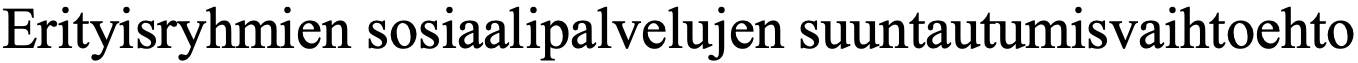
Erityisryhmien sosiaalipalvelujen suuntautumisvaihtoehto